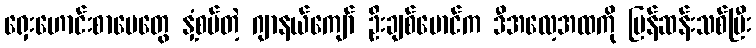
ရှေးဟောင်းစာပေတွေ နှံ့စပ်တဲ့ ဂျာနယ်ကျော် ဦးချစ်မောင်က ဒီအလေ့အထကို ပြန်ဆန်းသစ်ပြီး